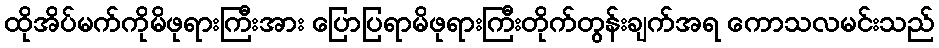
ထိုအိပ်မက်ကိုမိဖုရားကြီးအား ပြောပြရာမိဖုရားကြီးတိုက်တွန်းချက်အရ ကောသလမင်းသည်